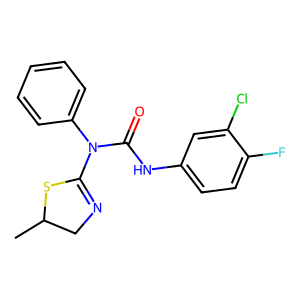
SMILES: CC1CN=C(N(C(=O)Nc2ccc(F)c(Cl)c2)c2ccccc2)S1
Inhibits HIV replication: No